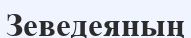
Зеведеяның